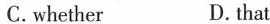
C.whether D.that